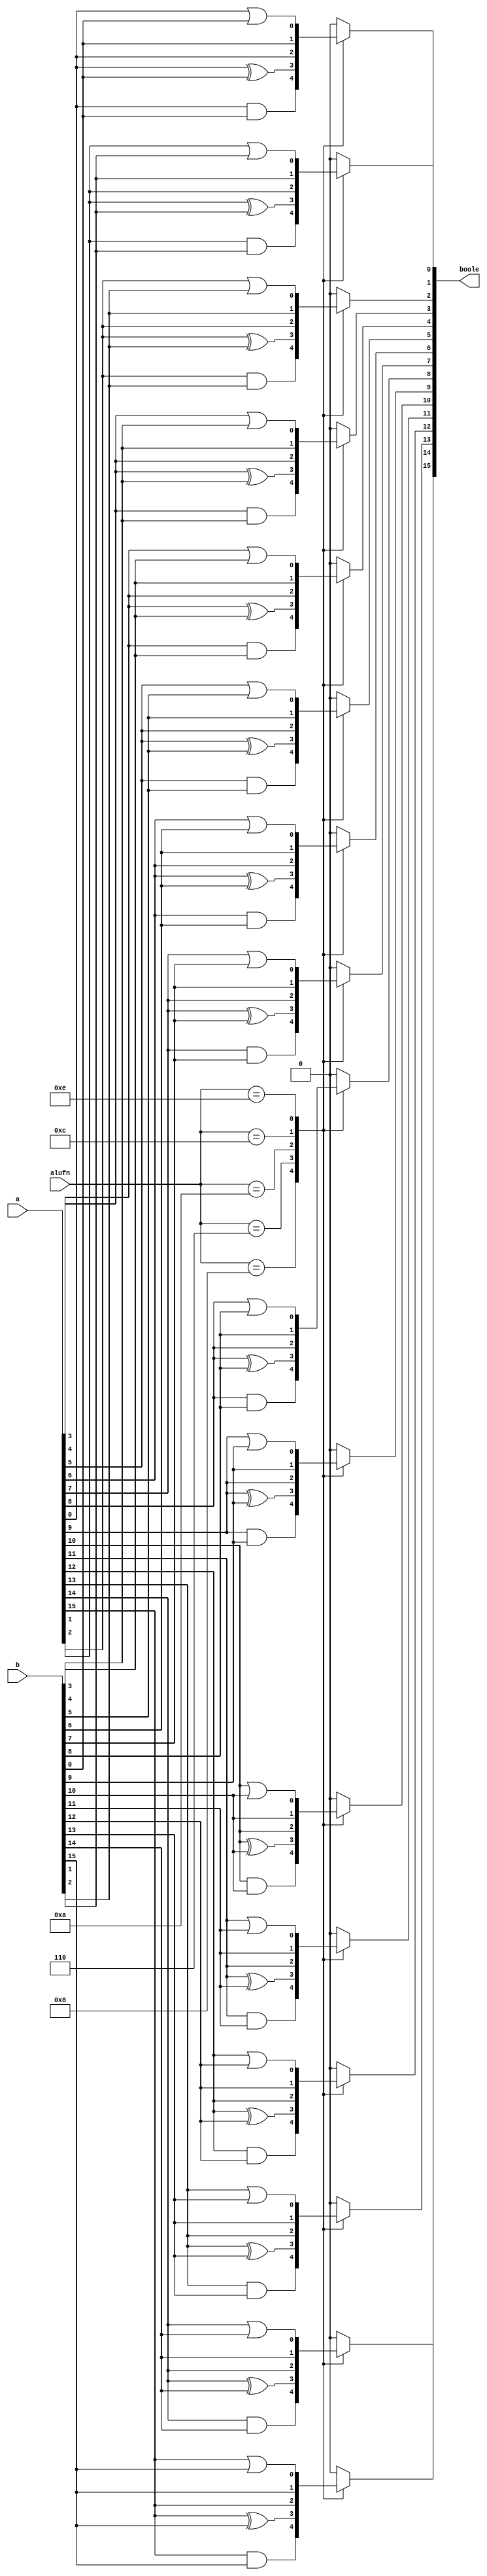
/*
   This file was generated automatically by the Mojo IDE version B1.3.6.
   Do not edit this file directly. Instead edit the original Lucid source.
   This is a temporary file and any changes made to it will be destroyed.
*/

module boole16_27 (
    input [3:0] alufn,
    input [15:0] a,
    input [15:0] b,
    output reg [15:0] boole
  );
  
  
  
  integer i;
  
  always @* begin
    for (i = 1'h0; i <= 4'hf; i = i + 1) begin
      
      case (alufn[0+3-:4])
        4'h8: begin
          boole[(i)*1+0-:1] = a[(i)*1+0-:1] & b[(i)*1+0-:1];
        end
        4'h6: begin
          boole[(i)*1+0-:1] = a[(i)*1+0-:1] ^ b[(i)*1+0-:1];
        end
        4'ha: begin
          boole[(i)*1+0-:1] = a[(i)*1+0-:1];
        end
        4'hc: begin
          boole[(i)*1+0-:1] = b[(i)*1+0-:1];
        end
        4'he: begin
          boole[(i)*1+0-:1] = a[(i)*1+0-:1] | b[(i)*1+0-:1];
        end
        default: begin
          boole[(i)*1+0-:1] = 16'h0000;
        end
      endcase
    end
  end
endmodule